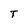
Character: T